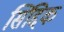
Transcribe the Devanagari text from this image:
सिद्दिक